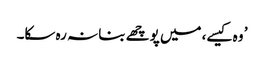
’ وہ کیسے، میں پوچھے بنا نہ رہ سکا۔